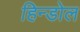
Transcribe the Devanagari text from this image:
हिन्डोल